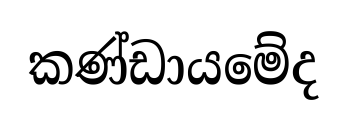
කණ්ඩායමේද